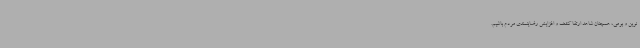
نوین و بومی، همچنان شاهد ارتقا کشف و افزایش رضایتمندی مردم باشیم.